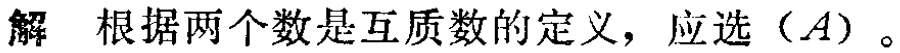
解 根据两个数是互质数的定义，应选（\(A\)）。